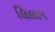
લિલામ